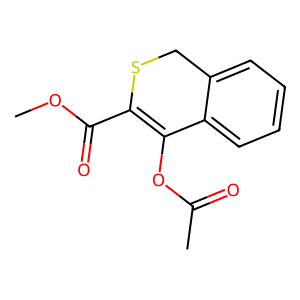
SMILES: COC(=O)C1=C(OC(C)=O)c2ccccc2CS1
Inhibits HIV replication: No